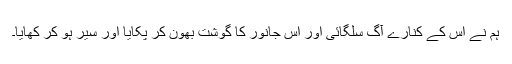
ہم نے اس کے کنارے آگ سلگائی اور اس جانور کا گوشت بھون کر پکایا اور سیر ہو کر کھایا۔